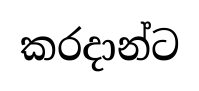
කරදාන්ට